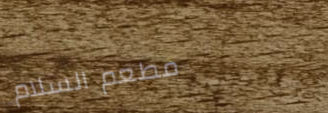
مطعم السلام